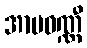
အာမဝဏ္ဏီ